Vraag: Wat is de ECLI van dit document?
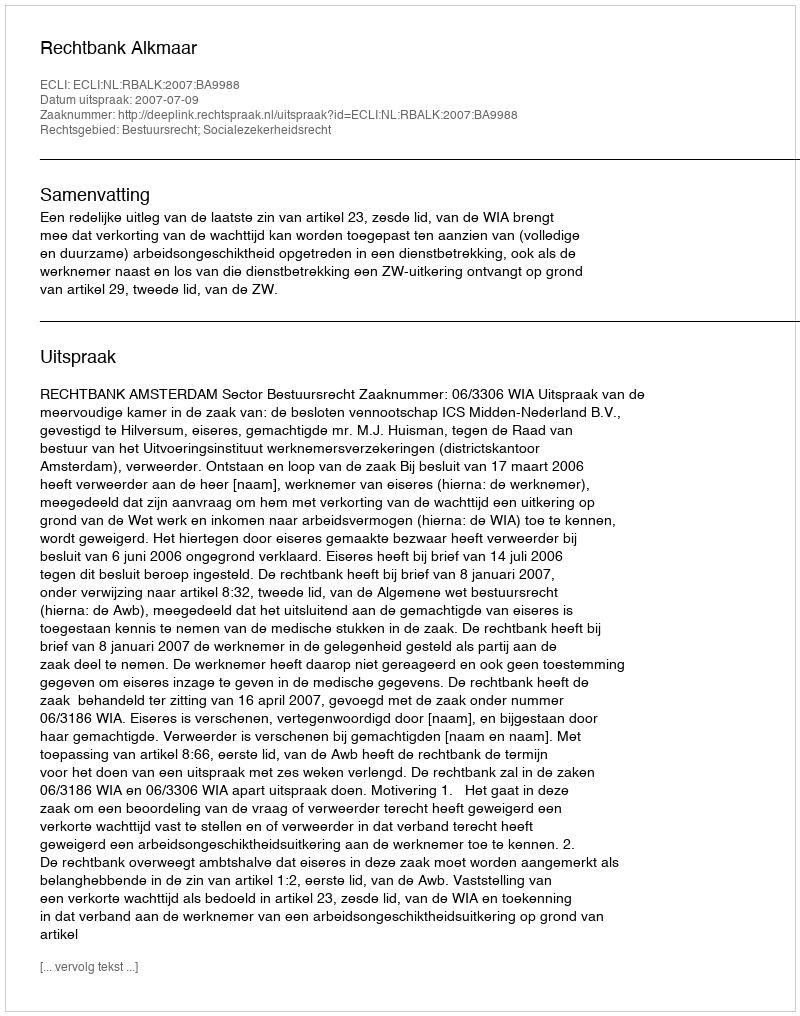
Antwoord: ECLI:NL:RBALK:2007:BA9988